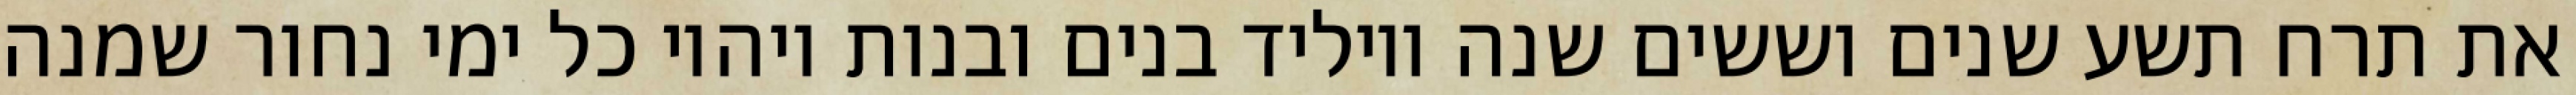
את תרח תשע שנים וששים שנה ויוליד בנים ובנות ויהיו כל ימי נחור שמנה